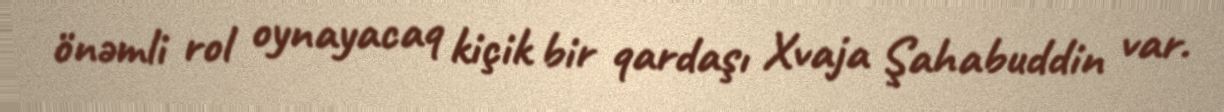
önəmli rol oynayacaq kiçik bir qardaşı Xvaja Şahabuddin var.